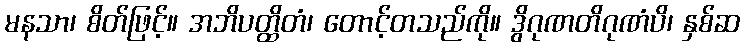
မနသာ၊ စိတ်ဖြင့်။ အဘိပတ္ထိတံ၊ တောင့်တသည်ကို။ ဒွိဂုဏတိဂုဏံပိ၊ နှစ်ဆ